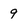
Character: 9